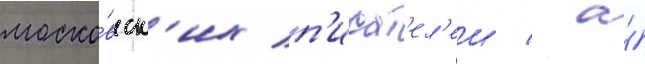
моско́вск'их п'исат'ел'еи / а́